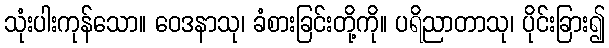
သုံးပါးကုန်သော။ ဝေဒနာသု၊ ခံစားခြင်းတို့ကို။ ပရိညာတာသု၊ ပိုင်းခြား၍